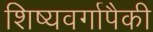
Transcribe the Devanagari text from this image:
शिष्यवर्गापैकी